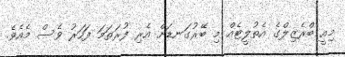
މިއީ ބްރެޒިލްގެ އެތުލީޓެއް މި ބޭރުގަނޑަށް އެރި ފުރަތަމަ ފަހަރު ވެސް މެއެވެ.